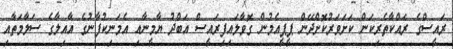
ރައީސްގެ ރައްކާތެރިކަން ކަށަވަރުކޮށްދޭން ޕީޕީއެމުން ގޮވާލައިފިރައީސް އަބްދު ޔާމީނާއި އެމަނިކުފާނުގެ އާއިލާގެ ސަލާމަތާއި